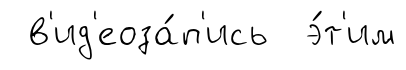
в'ид'еоза́п'ись э́т'им